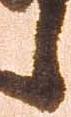
候